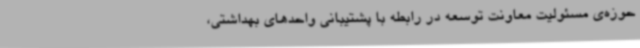
حوزه‌ی مسئولیت معاونت توسعه در رابطه با پشتیبانی واحدهای بهداشتی،